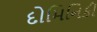
દોમિનિકી